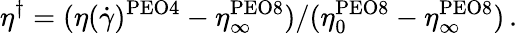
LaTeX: \eta^{\dagger}=(\eta(\dot{\gamma})^{\mathrm{PEO4}}-\eta_{\infty}^{\mathrm{PEO8}})/(\eta_{0}^{\mathrm{PEO8}}-\eta_{\infty}^{\mathrm{PEO8}})\, .